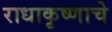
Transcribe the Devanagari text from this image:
राधाकृष्णाचे